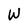
Character: W